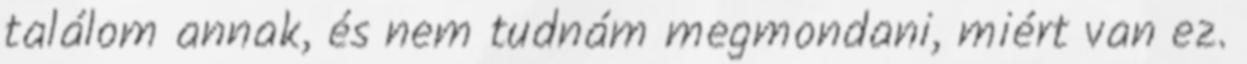
találom annak, és nem tudnám megmondani, miért van ez.